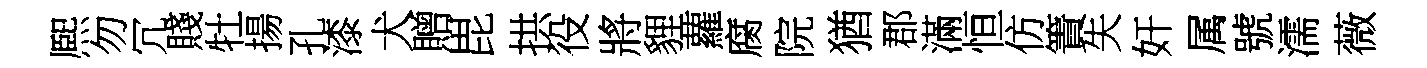
熈勿冗賤牡揚孔漆犬贈毘拱役將貍蘿腐院猶郡滿恒仿簀失奸属號濡薇